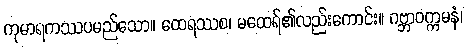
ကုမာရကဿပမည်သော။ ထေရဿစ၊ မထေရ်၏လည်းကောင်း။ ဂဗ္ဘာဝက္ကမနံ၊